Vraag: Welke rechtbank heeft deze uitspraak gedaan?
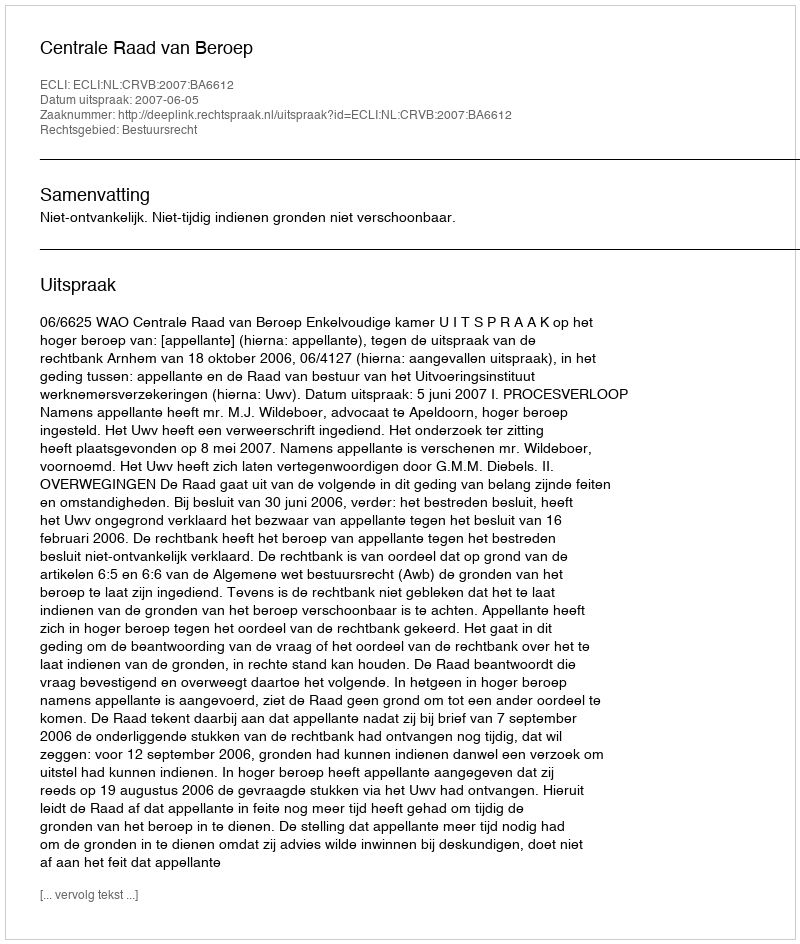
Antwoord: Centrale Raad van Beroep